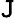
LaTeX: {\cal\mathtt{J}}